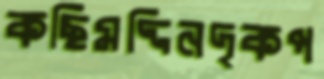
কছিমদ্দিনদৃকপ